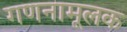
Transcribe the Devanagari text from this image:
गणनामूलक